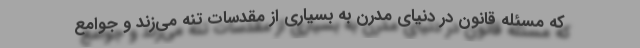
که مسئله قانون در دنیای مدرن به بسیاری از مقدسات تنه می‌زند و جوامع